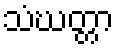
သံဃတ္တာ